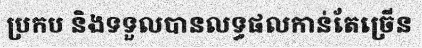
ប្រកប និងទទួលបានលទ្ធផលកាន់តែច្រើន